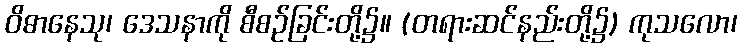
ဝိဓာနေသု၊ ဒေသနာကို စီစဉ်ခြင်းတို့၌။ (တရားဆင်နည်းတို့၌) ကုသလော၊